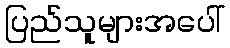
ပြည်သူများအပေါ်